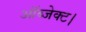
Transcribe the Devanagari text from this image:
ऑब्जेक्ट।